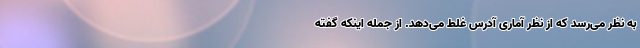
به نظر می‌رسد که از نظر آماری آدرس غلط می‌دهد. از جمله اینکه گفته